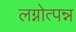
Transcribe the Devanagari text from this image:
लग्नोत्पन्न